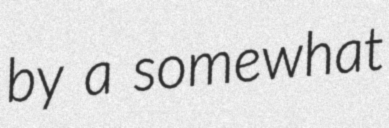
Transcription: by a somewhat